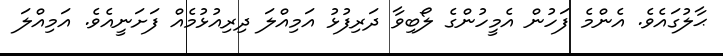
ޙާލުގައެވެ. އެންމެ ފަހުން އެމީހުންގެ ލޯބިވާ ދަރިފުޅު އަމިއްލަ ދިރިއުޅުމެއް ފަށަނީއެވެ. އަމިއްލަ